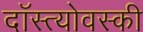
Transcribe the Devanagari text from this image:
दॉस्त्योवस्की